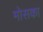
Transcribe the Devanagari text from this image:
मोसका